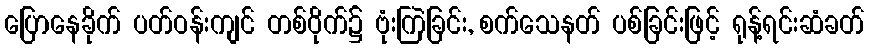
ပြောနေခိုက် ပတ်ဝန်းကျင် တစ်ဝိုက်၌ ဗုံးကြဲခြင်း, စက်သေနတ် ပစ်ခြင်းဖြင့် ရုန့်ရင်းဆံခတ်